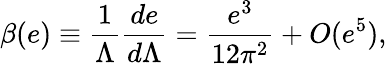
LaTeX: \beta(e)\equiv{\frac{1}{\Lambda}}{\frac{de}{d\Lambda}}={\frac{e^{3}}{12\pi^{2}}}+O(e^{5}),